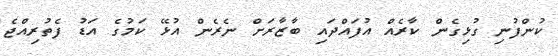
ކުންފުނި ގުޅިގެން ކާރެއް އުފައްދައި ބާޒާރަށް ނެރެން އުޅޭ ކަމުގެ އަޑު ފެތުރިއްޖެ